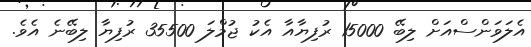
އެލަވަންސްއަށް ލިބޭ 15000 ރުފިޔާއާ އެކު ޖުމްލަ 35500 ރުފިޔާ ލިބޭނެ އެވެ.